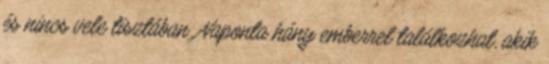
és nincs vele tisztában. Naponta hány emberrel találkozhat, akik